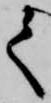
て